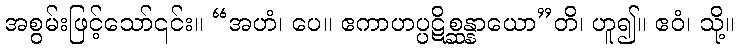
အစွမ်းဖြင့်သော်၎င်း။ “အဟံ၊ ပေ။ ဧကာဟပ္ပဋိစ္ဆန္နာယော”တိ၊ ဟူ၍။ ဧဝံ၊ သို့။